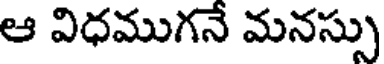
ఆ విధముగనే మనస్సు